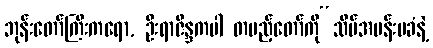
ဘုန်းတော်ကြီးကရော, ဦးရာဇိန္ဒကပါ တပည့်တော်ကို“သိပ်အပန်းမခံနဲ့